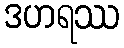
ဒဟရဿ